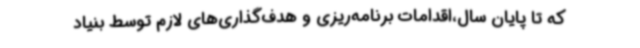
که تا پایان سال،اقدامات برنامه‌ریزی و هدف‌گذاری‌های لازم توسط بنیاد